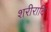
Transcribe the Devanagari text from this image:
शरीरादि